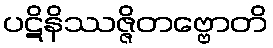
ပဋိနိဿဇ္ဇိတဗ္ဗောတိ